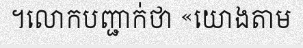
។លោកបញ្ជាក់ថា «យោងតាម